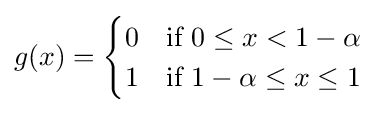
g(x)={\begin{cases}0&{\text{if }}0\leq x<1-\alpha \\1&{\text{if }}1-\alpha \leq x\leq 1\end{cases}}